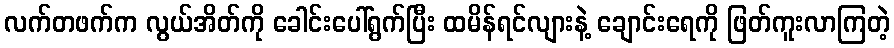
လက်တဖက်က လွယ်အိတ်ကို ခေါင်းပေါ်ရွက်ပြီး ထမိန်ရင်လျားနဲ့ ချောင်းရေကို ဖြတ်ကူးလာကြတဲ့